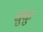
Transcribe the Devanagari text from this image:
नुकु